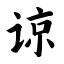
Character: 谅